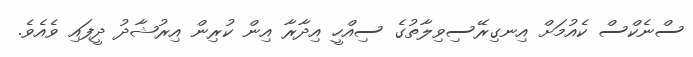
ސްނެކްސް ކެއުމަށް އިނގިރޭސިވިލާތުގެ ސިއްހީ އިދާރާ އިން ކުރިން އިރުޝާދު ދީފައި ވެއެވެ.